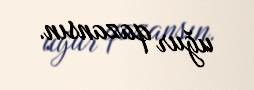
uğur qazansın.